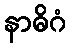
နာဓိဂံ